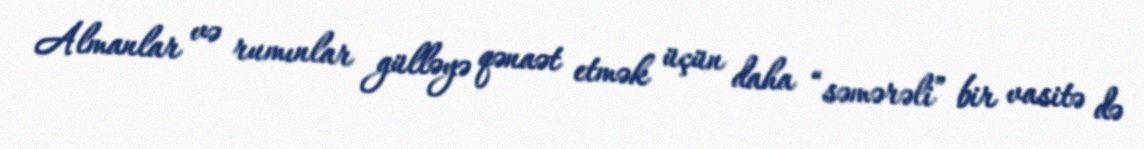
Almanlar və rumınlar gülləyə qənaət etmək üçün daha “səmərəli” bir vasitə də